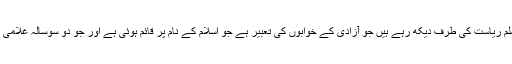
مگر ان کی شنوائی نہ ہو سکی اور جو ستائیس سال سے اس مسلم ریاست کی طرف دیکھ رہے ہیں جو آزادی کے خوابوں کی تعبیر ہے جو اسلام کے نام پر قائم ہوئی ہے اور جو دو سوسالہ غلامی کے بعد مسلمانوں کی پناہ گاہ کے طور پر حاصل کی گئی ہے۔